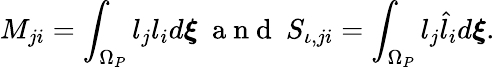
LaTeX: M_{ji}=\int_{\Omega_{P}}l_{j}l_{i}d\boldsymbol{\xi}\ \mathrm{~a~n~d~}\ S_{\iota,ji}=\int_{\Omega_{P}}l_{j}\hat{l}_{i}d\boldsymbol{\xi}.